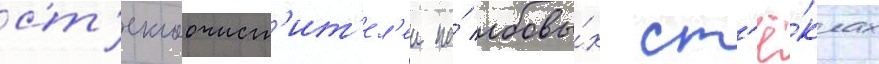
ст'еклоочист'ит'ел'еи на́ лобовы́х ст'ё́клах